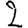
Digit: 2